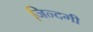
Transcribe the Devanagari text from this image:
जि़न्दगी